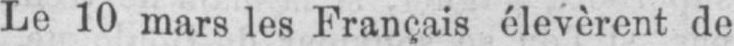
Le 10 mars les Français élevèrent de